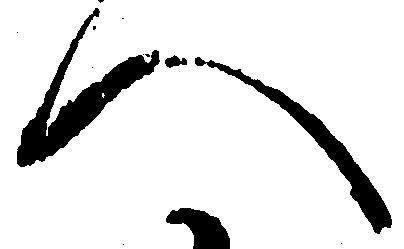
へ